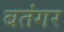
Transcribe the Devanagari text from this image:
बतंगर